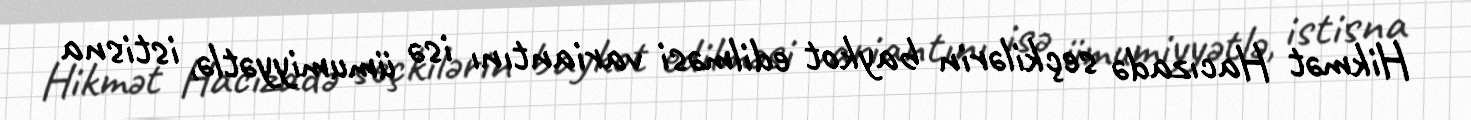
Hikmət Hacızadə seçkilərin baykot edilməsi variantını isə ümumiyyətlə, istisna